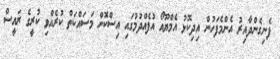
ފެނިގެންދާއިރު އެންމެފަހުން އިދިކޮޅު އެމްޔޫއޯ އުފެއްދުމުގައި އިސްކޮށް މަސައްކަތް ކުރެއްވި ކުރީގެ ރައީސް